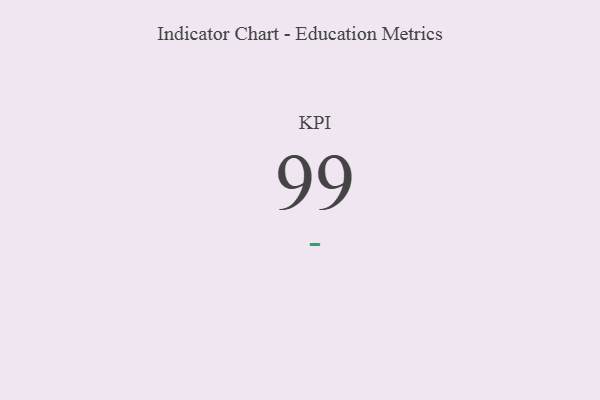
{"axis": {"x": "KPI", "y": "Value"}, "legend": [""], "data": [{"x": "KPI", "y": 99, "type": ""}]}